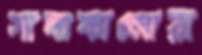
সাদাকালোরা